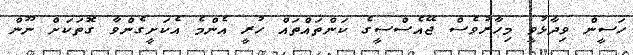
ހަސީން ވިދާޅުވީ މިހާރުވެސް ޖޭއެސްސީގެ ކަންތައްތައް ހުރީ އެންމެ އެކަށީގެންވާ ގޮތަކަށް ނޫން